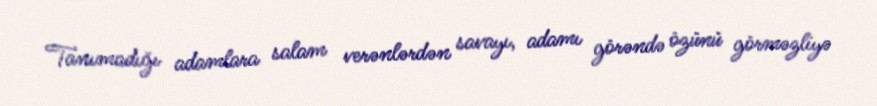
Tanımadığı adamlara salam verənlərdən savayı, adamı görəndə özünü görməzliyə